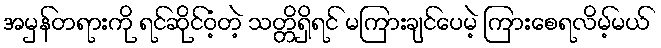
အမှန်တရားကို ရင်ဆိုင်ဝံ့တဲ့ သတ္တိရှိရင် မကြားချင်ပေမဲ့ ကြားစေရလိမ့်မယ်